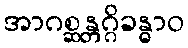
အာဂစ္ဆန္တဂ္ဂိခန္ဓာဝ